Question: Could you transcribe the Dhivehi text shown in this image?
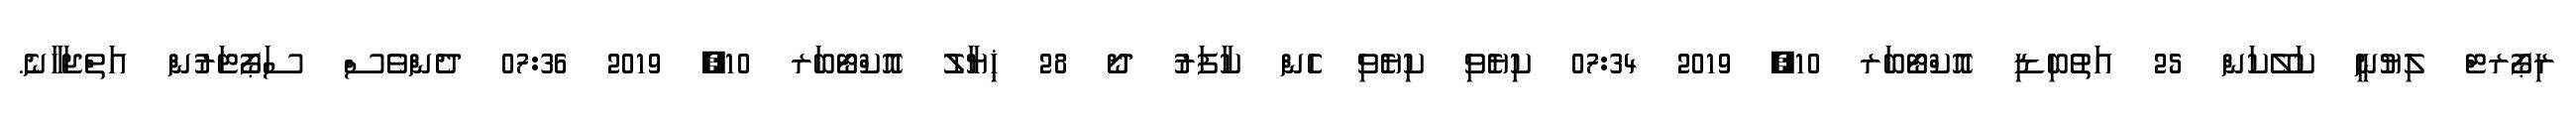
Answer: ރިޕޯރޓް ލިޔުނީ ކަލޭކަން 25 އަތުބިޑި އޮކްޓޯބަރ 10, 2019 07:34 ކިޔެވި ކިޔެވި ހެން ކާފަރު ދޯ 28 ޚިޔާލު އޮކްޓޯބަރ 10, 2019 07:36 ދެންވެސް ސަޕޯޓަރުން އަތްޖަހާނެ.